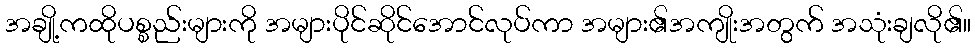
အချို့ကထိုပစ္စည်းများကို အများပိုင်ဆိုင်အောင်လုပ်ကာ အများ၏အကျိုးအတွက် အသုံးချလို၏။